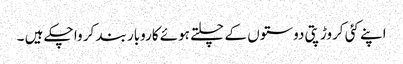
اپنے کئی کروڑپتی دوستوں کے چلتے ہوئے کاروبار بند کر وا چکے ہیں ۔